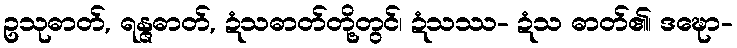
ဥသုဓာတ်, ရန္ဇဓာတ်, ဍံသဓာတ်တို့တွင်၊ ဍံသဿ- ဍံသ ဓာတ်၏၊ ဒဍ္ဎော-